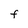
Character: F